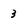
Character: 3